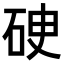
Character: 𥒏